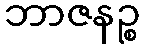
ဘာဇနဉ္စ